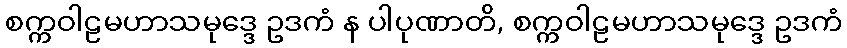
စက္ကဝါဠမဟာသမုဒ္ဒေ ဥဒကံ န ပါပုဏာတိ, စက္ကဝါဠမဟာသမုဒ္ဒေ ဥဒကံ